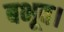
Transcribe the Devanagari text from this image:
बभूव।